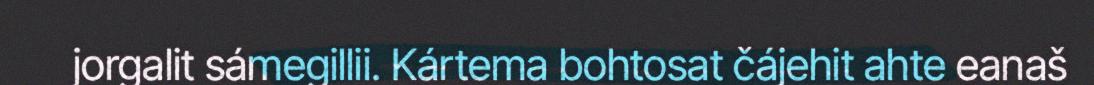
jorgalit sámegillii. Kártema bohtosat čájehit ahte eanaš